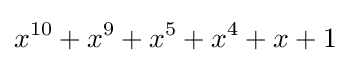
x^{10}+x^{9}+x^{5}+x^{4}+x+1